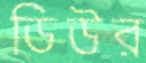
ডিউর